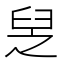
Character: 𦥧